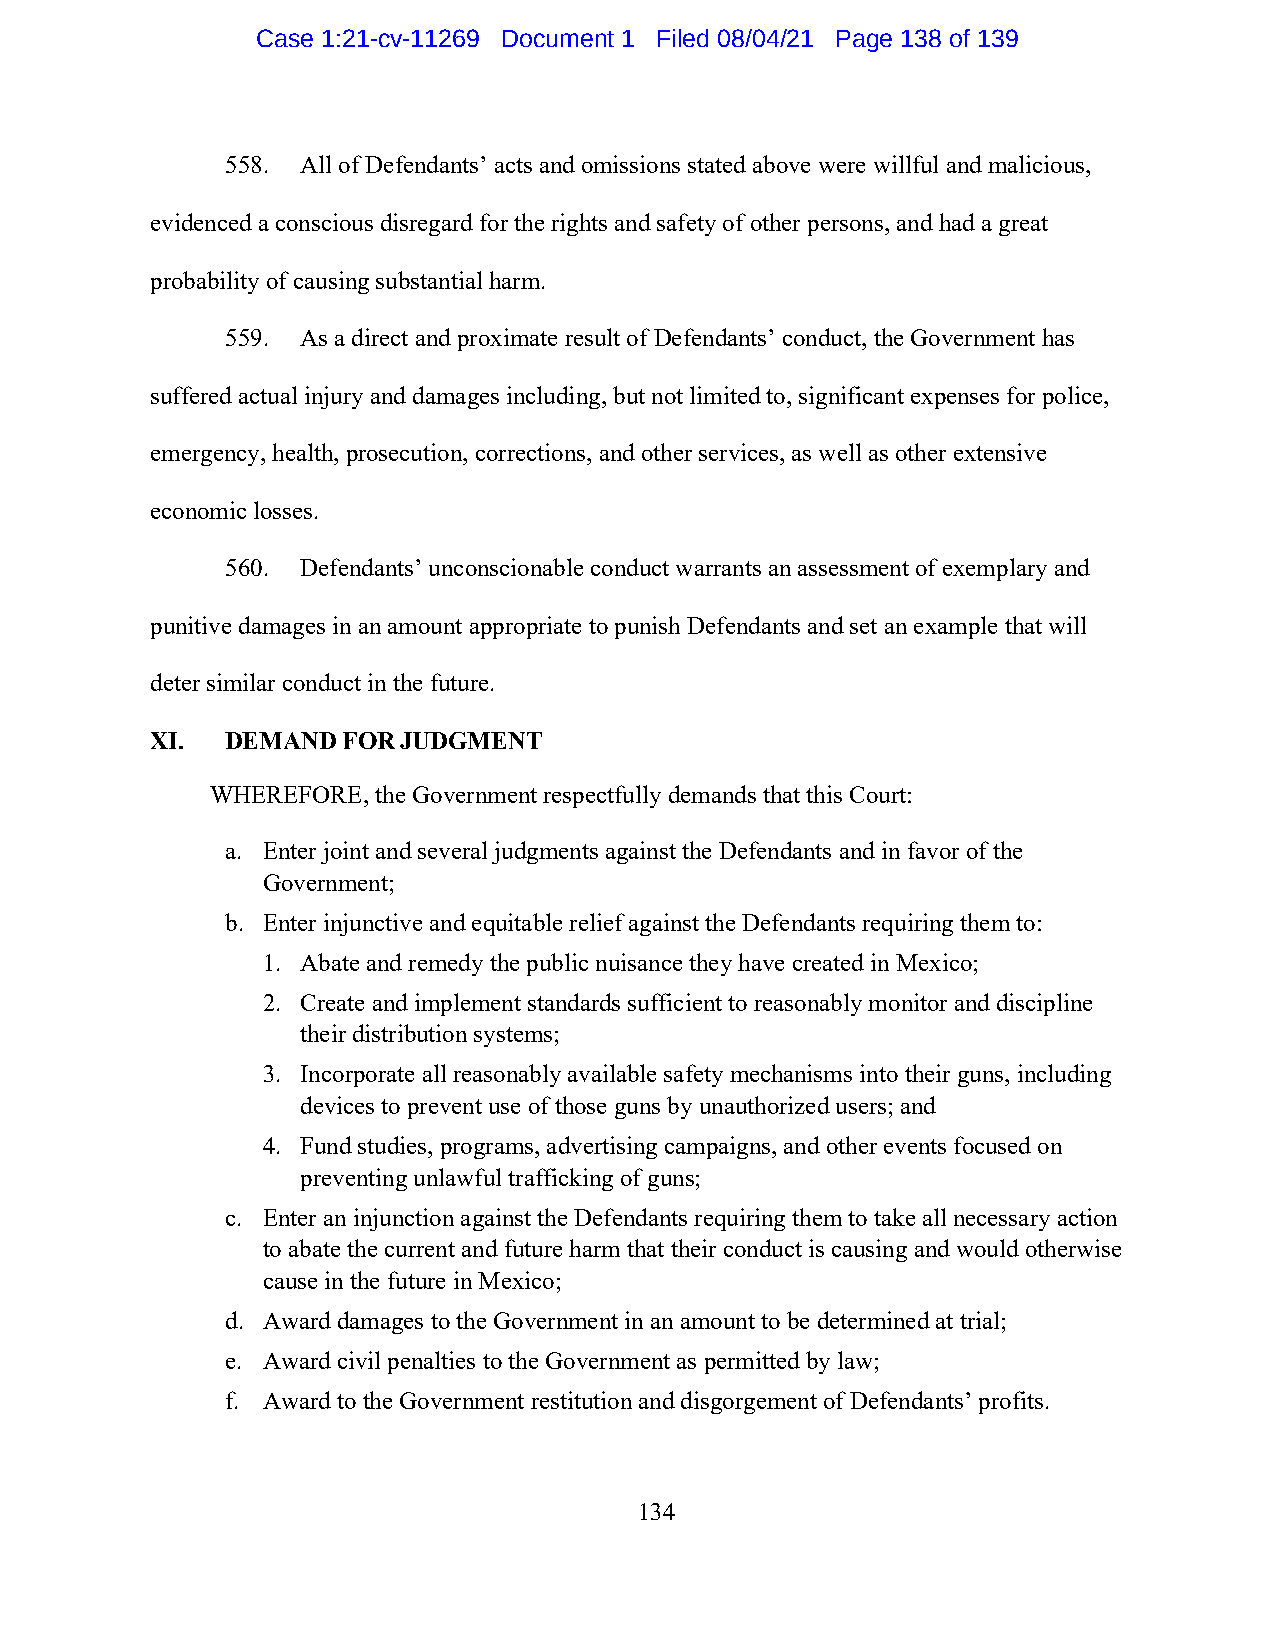
Case 1:21-cv-11269 Document 1 Filed 08/04/21 Page 138 of 139
 558. All of Defendants’ acts and omissions stated above were willful and malicious,
 evidenced a conscious disregard for the rights and safety of other persons, and had a great
 probability of causing substantial harm.
 559. As a direct and proximate result of Defendants’ conduct, the Government has
 suffered actual injury and damages including, but not limited to, significant expenses for police,
 emergency, health, prosecution, corrections, and other services, as well as other extensive
 economic losses.
 560. Defendants’ unconscionable conduct warrants an assessment of exemplary and
 punitive damages in an amount appropriate to punish Defendants and set an example that will
 deter similar conduct in the future.
 XI.  DEMAND  FOR JUDGMENT
 WHEREFORE, the Government respectfully demands that this Court:
 a. Enter joint and several judgments against the Defendants and in favor of the
 Government;
 b. Enter injunctive and equitable relief against the Defendants requiring them to:
 1. Abate and remedy the public nuisance they have created in Mexico;
 2. Create and implement standards sufficient to reasonably monitor and discipline
 their distribution systems;
 3. Incorporate all reasonably available safety mechanisms into their guns, including
 devices to prevent use of those guns by unauthorized users; and
 4. Fund studies, programs, advertising campaigns, and other events focused on
 preventing unlawful trafficking of guns;
 c. Enter an injunction against the Defendants requiring them to take all necessary action
 to abate the current and future harm that their conduct is causing and would otherwise
 cause in the future in Mexico;
 d. Award damages to the Government in an amount to be determined at trial;
 e. Award civil penalties to the Government as permitted by law;
 f. Award to the Government restitution and disgorgement of Defendants’ profits.
 134